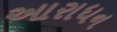
આરાધન